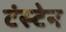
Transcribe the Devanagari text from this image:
टंस्टेन